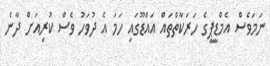
ނަމަވެސް އެމްޑީޕީގެ ހަރަކާތްތައް އައްޑޫގައި ހަމަ އެ ދުވަހު ވެސް ކުރިއަށް ދާނެ